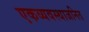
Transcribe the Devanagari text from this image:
एकव्यवस्थाजनित